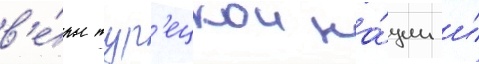
в'е́ры тур'ецкои на́ции и́